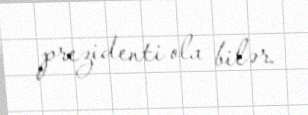
prezidenti ola bilər.